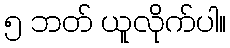
၅ ဘတ် ယူလိုက်ပါ။